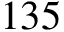
1 3 5